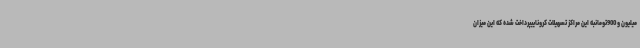
میلیون و 900تومانبه این مراکز تسهیلات کروناییپرداخت شده که این میزان